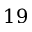
1 9